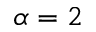
\alpha = 2